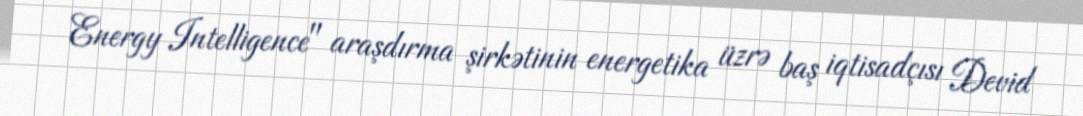
Energy Intelligence" araşdırma şirkətinin energetika üzrə baş iqtisadçısı Devid